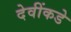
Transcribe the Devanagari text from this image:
देवींकडे